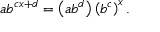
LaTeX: a b ^ { c x + d } = \left( a b ^ { d } \right) \left( b ^ { c } \right) ^ { x } .